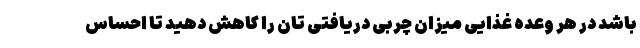
باشد در هر وعده غذایی میزان چربی دریافتی تان را کاهش دهید تا احساس